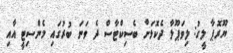
ޔޫރޮޕާ ލީގު: ލިވަޕޫލާ ދެކޮޅަށް ބެސިކްޓާސް ދެ ވަނަ ބުރުގައި މެންސިޓީ އާއި